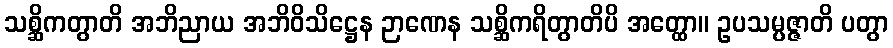
သစ္ဆိကတွာတိ အဘိညာယ အဘိဝိသိဋ္ဌေန ဉာဏေန သစ္ဆိကရိတွာတိပိ အတ္ထော။ ဥပသမ္ပဇ္ဇာတိ ပတွာ